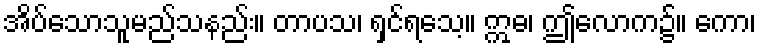
အိပ်သောသူမည်သနည်း။ တာပသ၊ ရှင်ရသေ့။ ဣဓ၊ ဤလောက၌။ ကော၊